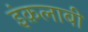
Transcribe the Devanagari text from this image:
इंक़लाबी